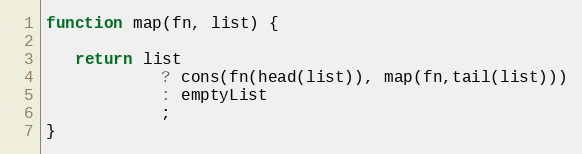
Language: JavaScript
function map(fn, list) {

   return list
            ? cons(fn(head(list)), map(fn,tail(list)))
            : emptyList
            ;
}